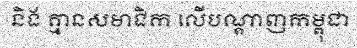
និង គ្មានសមាជិក លើបណ្តាញកម្ពុជា